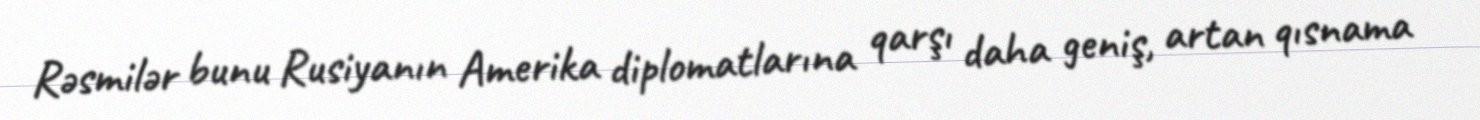
Rəsmilər bunu Rusiyanın Amerika diplomatlarına qarşı daha geniş, artan qısnama